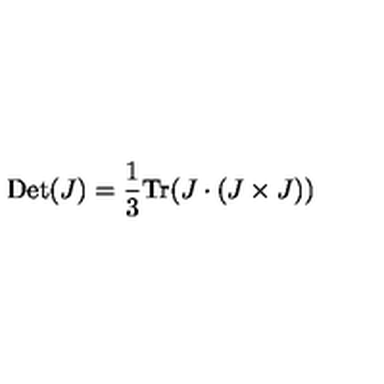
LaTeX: \mathrm { D e t } ( J ) = \frac { 1 } { 3 } \mathrm { T r } ( J \cdot ( J \times J ) )